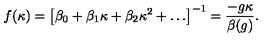
f ( \kappa ) = \left[ \beta _ { 0 } + \beta _ { 1 } \kappa + \beta _ { 2 } \kappa ^ { 2 } + \ldots \right] ^ { - 1 } = \frac { - g \kappa } { \beta ( g ) } .